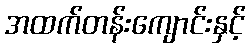
အထက်တန်းကျောင်းနှင့်